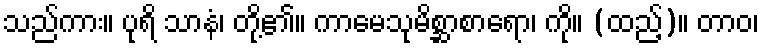
သည်ကား။ ပုရိ သာနံ၊ တို့၏။ ကာမေသုမိစ္ဆာစာရော၊ ကို။ (ထည့်)။ တာဝ၊